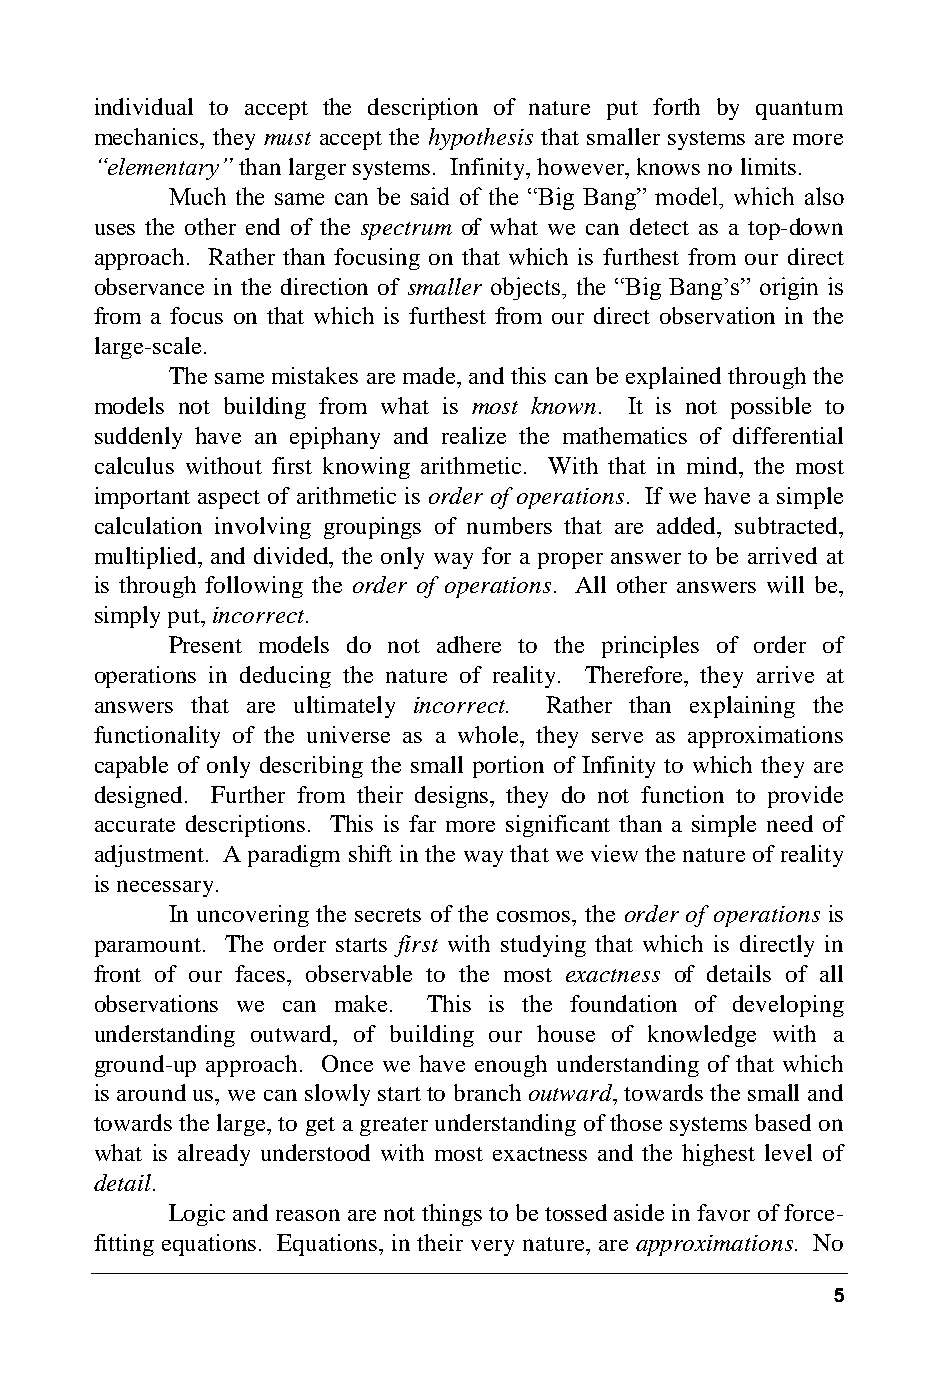
individual to accept the description of nature put forth by quantum
 mechanics, they must accept the hypothesis that smaller systems are more
 “elementary” than larger systems. Infinity, however, knows no limits.
 Much the same can be said of the “Big Bang” model, which also
 uses the other end of the spectrum of what we can detect as a top-down
 approach. Rather than focusing on that which is furthest from our direct
 observance in the direction of smaller objects, the “Big Bang’s” origin is
 from a focus on that which is furthest from our direct observation in the
 large-scale.
 The same mistakes are made, and this can be explained through the
 models not building from what is most known. It is not possible to
 suddenly have an epiphany and realize the mathematics of differential
 calculus without first knowing arithmetic. With that in mind, the most
 important aspect of arithmetic is order of operations. If we have a simple
 calculation involving groupings of numbers that are added, subtracted,
 multiplied, and divided, the only way for a proper answer to be arrived at
 is through following the order of operations. All other answers will be,
 simply put, incorrect.
 Present models do not adhere to the principles of order of
 operations in deducing the nature of reality. Therefore, they arrive at
 answers that are ultimately incorrect. Rather than explaining the
 functionality of the universe as a whole, they serve as approximations
 capable of only describing the small portion of Infinity to which they are
 designed. Further from their designs, they do not function to provide
 accurate descriptions. This is far more significant than a simple need of
 adjustment. A paradigm shift in the way that we view the nature of reality
 is necessary.
 In uncovering the secrets of the cosmos, the order of operations is
 paramount. The order starts first with studying that which is directly in
 front of our faces, observable to the most exactness of details of all
 observations we can make. This is the foundation of developing
 understanding outward, of building our house of knowledge with a
 ground-up approach. Once we have enough understanding of that which
 is around us, we can slowly start to branch outward, towards the small and
 towards the large, to get a greater understanding of those systems based on
 what is already understood with most exactness and the highest level of
 detail.
 Logic and reason are not things to be tossed aside in favor of force-
 fitting equations. Equations, in their very nature, are approximations. No
 5